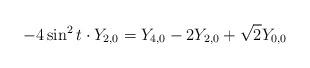
LaTeX: \begin{align*}-4\sin ^{2}t\cdot Y_{2,0}=Y_{4,0}-2Y_{2,0}+\sqrt{2}Y_{0,0}\end{align*}